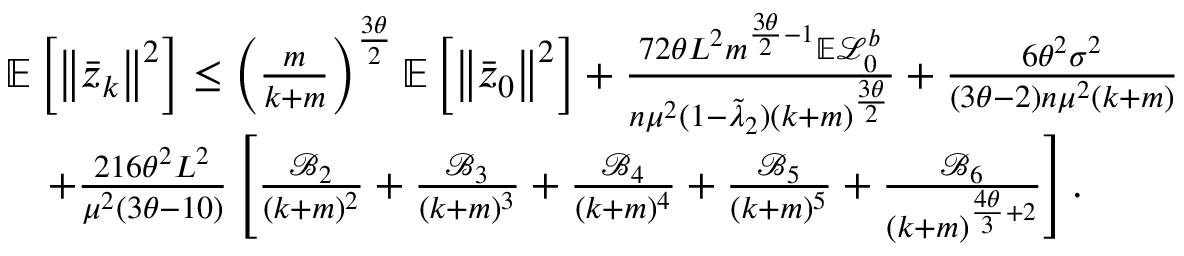
\begin{array} { r l } & { \mathbb { E } \left[ \left\Vert \bar { z } _ { k } \right\Vert ^ { 2 } \right] \leq \left( \frac { m } { k + m } \right) ^ { \frac { 3 \theta } { 2 } } \mathbb { E } \left[ \left\Vert \bar { z } _ { 0 } \right\Vert ^ { 2 } \right] + \frac { 7 2 \theta L ^ { 2 } m ^ { \frac { 3 \theta } { 2 } - 1 } \mathbb { E } \mathcal { L } _ { 0 } ^ { b } } { n \mu ^ { 2 } ( 1 - \tilde { \lambda } _ { 2 } ) ( k + m ) ^ { \frac { 3 \theta } { 2 } } } + \frac { 6 \theta ^ { 2 } \sigma ^ { 2 } } { ( 3 \theta - 2 ) n \mu ^ { 2 } ( k + m ) } } \\ & { \quad + \frac { 2 1 6 \theta ^ { 2 } L ^ { 2 } } { \mu ^ { 2 } ( 3 \theta - 1 0 ) } \left[ \frac { \mathcal { B } _ { 2 } } { ( k + m ) ^ { 2 } } + \frac { \mathcal { B } _ { 3 } } { ( k + m ) ^ { 3 } } + \frac { \mathcal { B } _ { 4 } } { ( k + m ) ^ { 4 } } + \frac { \mathcal { B } _ { 5 } } { ( k + m ) ^ { 5 } } + \frac { \mathcal { B } _ { 6 } } { ( k + m ) ^ { \frac { 4 \theta } { 3 } + 2 } } \right] . } \end{array}